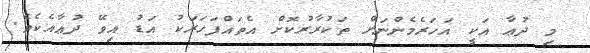
މި ދުޢާ އަކީ އަހަރެމެންނަށް ތަކުރާރުކޮށް އެތައްފަހަރަކު އަޑު އިވޭ ދުޢާއެކެވެ.